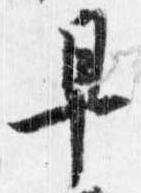
早